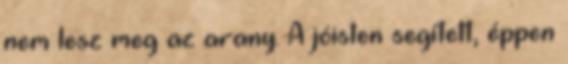
nem lesz meg az arany. A jóisten segített, éppen